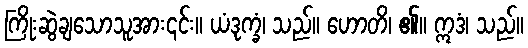
ကြိုးဆွဲချသောသူအား၎င်း။ ယံဒုက္ခံ၊ သည်။ ဟောတိ၊ ၏။ ဣဒံ၊ သည်။